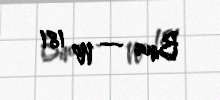
Bina — № 181